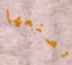
تصنعها